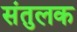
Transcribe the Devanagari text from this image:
संतुलक